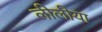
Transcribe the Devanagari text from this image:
लीलीया